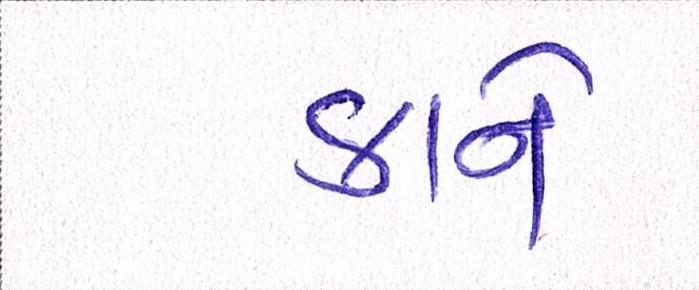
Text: કાને